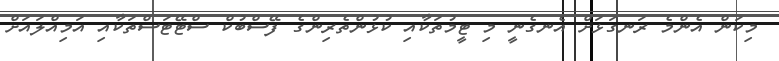
މިކަން އެންމެ ރަނގަޅަށް އެނގެނީ މި ޓީމުތަކާއި ކުޅުންތެރިންގެ ފޭސްބުކް ސްޓޭޓަސްތަކާއި އަމިއްލައަށް